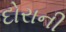
દોરાની